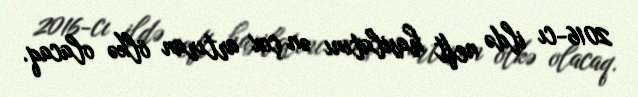
2016-cı ildə neft hasilatını ən çox artıran ölkə olacaq.